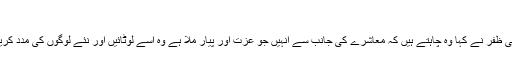
‘
علی ظفر نے کہا وہ چاہتے ہیں کہ معاشرے کی جانب سے انہیں جو عزت اور پیار ملا ہے وہ اسے لوٹائیں اور نئے لوگوں کی مدد کریں۔